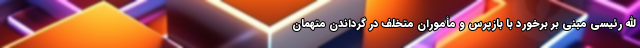
الله رئیسی مبنی بر برخورد با بازپرس و مأموران متخلف در گرداندن متهمان